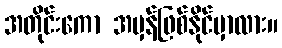
အတိုင်းကော အမှန်ဖြစ်နိုင်မှာလား။